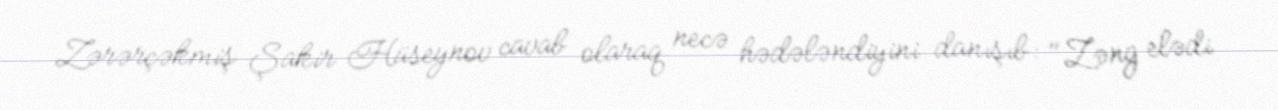
Zərərçəkmiş Şakir Hüseynov cavab olaraq necə hədələndiyini danışıb: "Zəng elədi